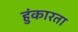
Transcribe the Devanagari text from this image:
हुंकारता